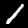
Digit: 1